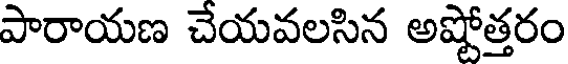
పారాయణ చేయవలసిన అష్టోత్తరం